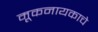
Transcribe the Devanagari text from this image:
मूकनायकाचे